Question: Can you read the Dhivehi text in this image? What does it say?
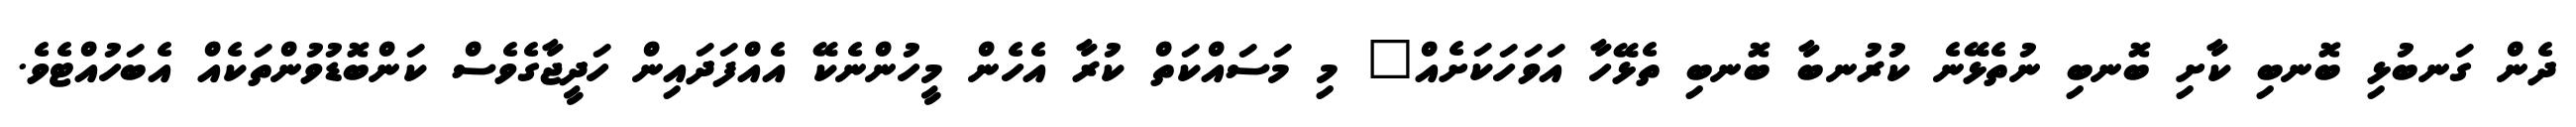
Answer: ދެން ގަނބުޅި ބޮނބި ކާށި ބޮނބި ނުތެޅޭނެ ކުރުނބާ ބޮނބި ތެޅޭހާ އަވަހަކަށެއް" މި މަސައްކަތް ކުރާ އެހެން މީހުންނެކޭ އެއްފަދައިން ހަދީޖާގެވެސް ކަންބޮޑުވުންތަކެއް އެބަހުއްޓެވެ.